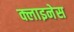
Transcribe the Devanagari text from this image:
क्लाइनेस